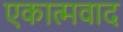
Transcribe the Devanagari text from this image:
एकात्मवाद